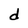
Character: d